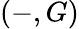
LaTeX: (-,G)